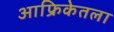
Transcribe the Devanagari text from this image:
आफ्रिकेतला